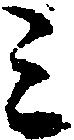
ミ